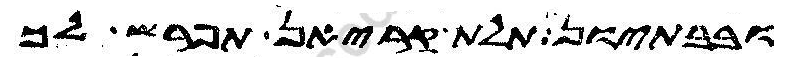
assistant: ובבתיון תלת קריאן תפרש לך